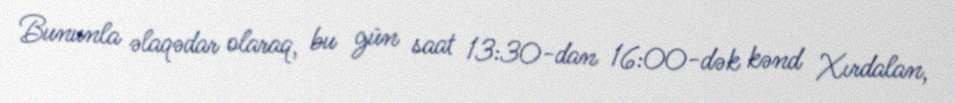
Bununla əlaqədar olaraq, bu gün saat 13:30-dan 16:00-dək kənd Xırdalan,